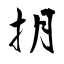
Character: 抈